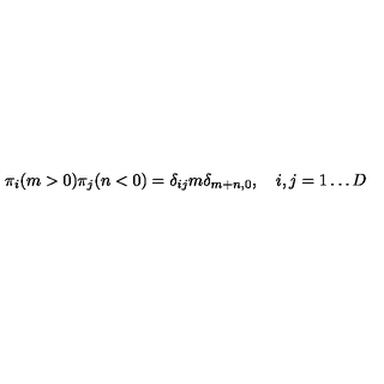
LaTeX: \pi _ { i } ( m > 0 ) \pi _ { j } ( n < 0 ) = \delta _ { i j } m \delta _ { m + n , 0 } , \quad i , j = 1 \dots D